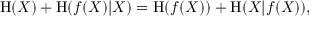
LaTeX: \mathrm { H } ( X ) + \mathrm { H } ( f ( X ) | X ) = \mathrm { H } ( f ( X ) ) + \mathrm { H } ( X | f ( X ) ) ,